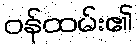
ဝန်ထမ်း၏